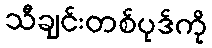
သီချင်းတစ်ပုဒ်ကို